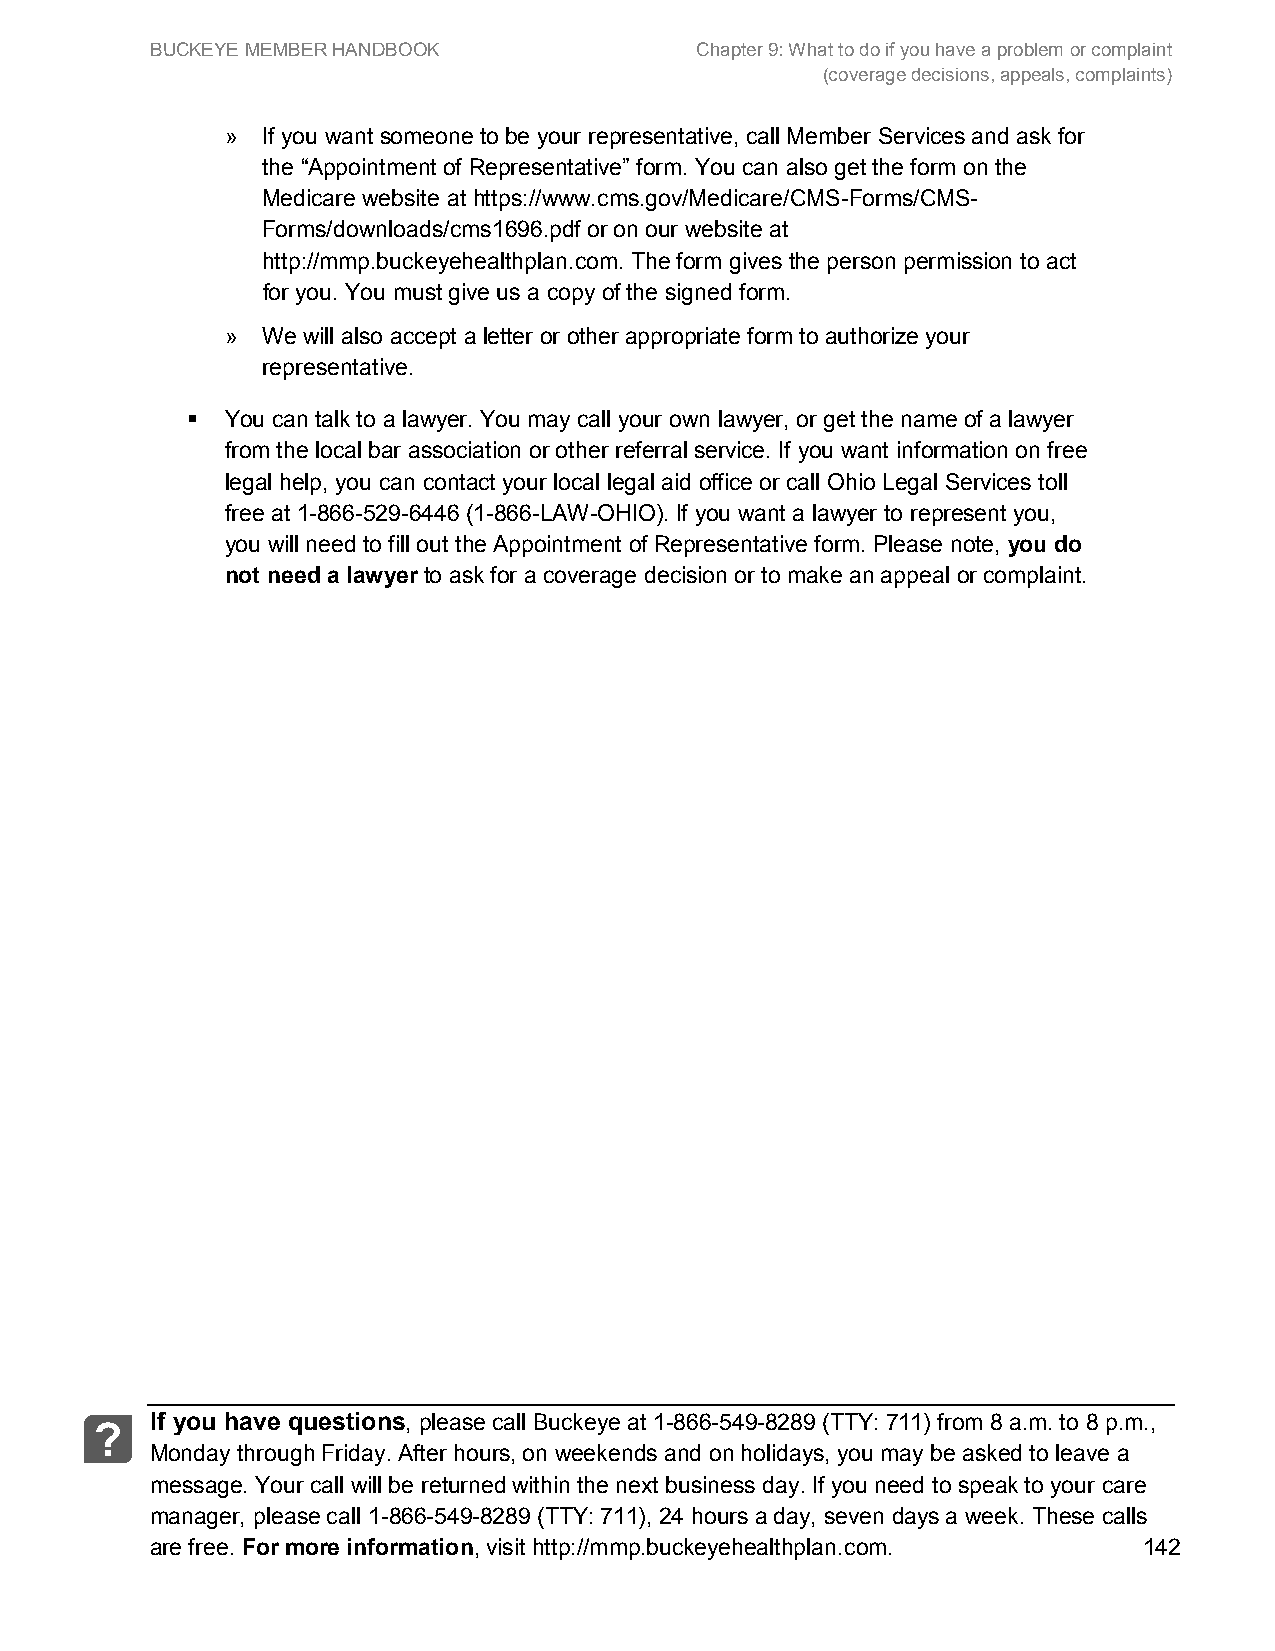
BUCKEYE MEMBER HANDBOOK             Chapter 9: What to do if you have a problem or complaint
 (coverage decisions, appeals, complaints)
 » If you want someone to be your representative, call Member Services and ask for
 the “Appointment of Representative” form. You can also get the form on the
 Medicare website at https://www.cms.gov/Medicare/CMS-Forms/CMS-
 Forms/downloads/cms1696.pdf or on our website at
 http://mmp.buckeyehealthplan.com. The form gives the person permission to act
 for you. You must give us a copy of the signed form.
 » We will also accept a letter or other appropriate form to authorize your
 representative.
   You can talk to a lawyer. You may call your own lawyer, or get the name of a lawyer
 from the local bar association or other referral service. If you want information on free
 legal help, you can contact your local legal aid office or call Ohio Legal Services toll
 free at 1-866-529-6446 (1-866-LAW-OHIO). If you want a lawyer to represent you,
 you will need to fill out the Appointment of Representative form. Please note, you do
 not need a lawyer to ask for a coverage decision or to make an appeal or complaint.
 If you have questions, please call Buckeye at 1-866-549-8289 (TTY: 711) from 8 a.m. to 8 p.m.,
 ?
 Monday through Friday. After hours, on weekends and on holidays, you may be asked to leave a
 message. Your call will be returned within the next business day. If you need to speak to your care
 manager, please call 1-866-549-8289 (TTY: 711), 24 hours a day, seven days a week. These calls
 are free. For more information, visit http://mmp.buckeyehealthplan.com. 142